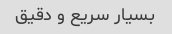
بسیار سریع و دقیق